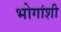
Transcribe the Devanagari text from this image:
भोगांशी